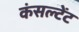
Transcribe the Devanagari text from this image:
कंसल्‍टेंट